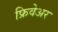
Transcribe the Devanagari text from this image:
फ्रिवेअर